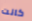
كانت